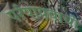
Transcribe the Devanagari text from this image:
पर्रयायवाची